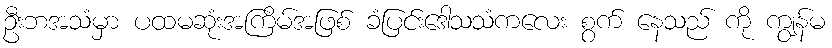
ဦးဘအသံမှာ ပထမဆုံးအကြိမ်အဖြစ် ခံပြင်းဒေါသသံကလေး စွက် နေသည် ကို ကျွန်မ